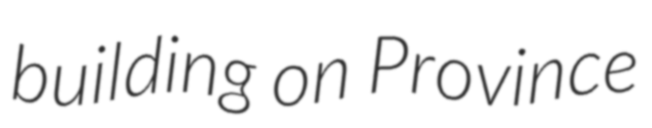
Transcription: building on Province